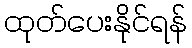
ထုတ်ပေးနိုင်ရန်